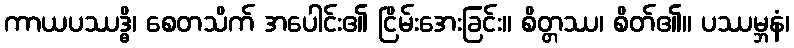
ကာယပဿဒ္ဓိ၊ စေတသိက် အပေါင်း၏ ငြိမ်းအေးခြင်း။ စိတ္တဿ၊ စိတ်၏။ ပဿမ္ဘနံ၊